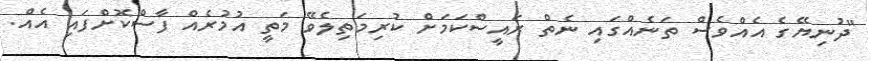
"ދުނިޔޭގެ އެއްވެސް ތަނެއްގައި ނެތް ރައީސްކަމަށް ކުރިމަތިލެވޭ މަތީ އުމުރެއް ފާސްކޮށްފައި އެއް.